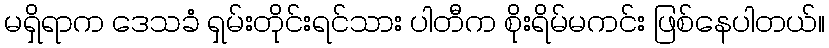
မရှိရာက ဒေသခံ ရှမ်းတိုင်းရင်သား ပါတီက စိုးရိမ်မကင်း ဖြစ်နေပါတယ်။